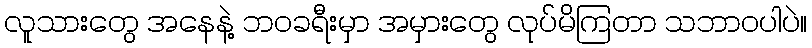
လူသားတွေ အနေနဲ့ ဘဝခရီးမှာ အမှားတွေ လုပ်မိကြတာ သဘာဝပါပဲ။